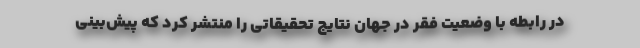
در رابطه با وضعیت فقر در جهان نتایج تحقیقاتی را منتشر کرد که پیش‌بینی